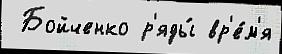
 Бойченко р'яды́ вр'е́м'я